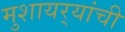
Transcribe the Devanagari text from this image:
मुशायर्‍यांची